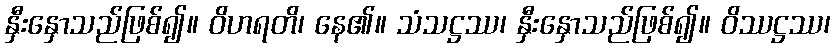
နှီးနှောသည်ဖြစ်၍။ ဝိဟရတိ၊ နေ၏။ သံသဋ္ဌဿ၊ နှီးနှောသည်ဖြစ်၍။ ဝိဿဋ္ဌဿ၊